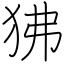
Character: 狒